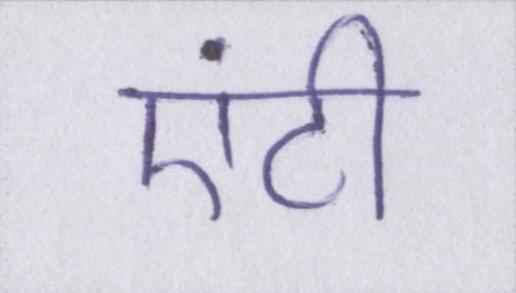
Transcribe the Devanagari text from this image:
एंटी